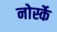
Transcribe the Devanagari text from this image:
नोर्स्के